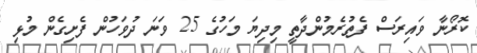
ކޮރޯނާ ވައިރަސް ފެތުރެމުންދާތީ މިދިޔަ މަހުގެ 25 ވަނަ ދުވަހުން ފެށިގެން މުޅި